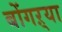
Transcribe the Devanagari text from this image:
बोंगऱ्या